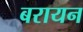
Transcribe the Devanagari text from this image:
बरायन